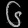
Digit: ၆